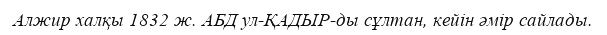
Алжир халқы 1832 ж. АБД ул-ҚАДЫР-ды сұлтан, кейін әмір сайлады.